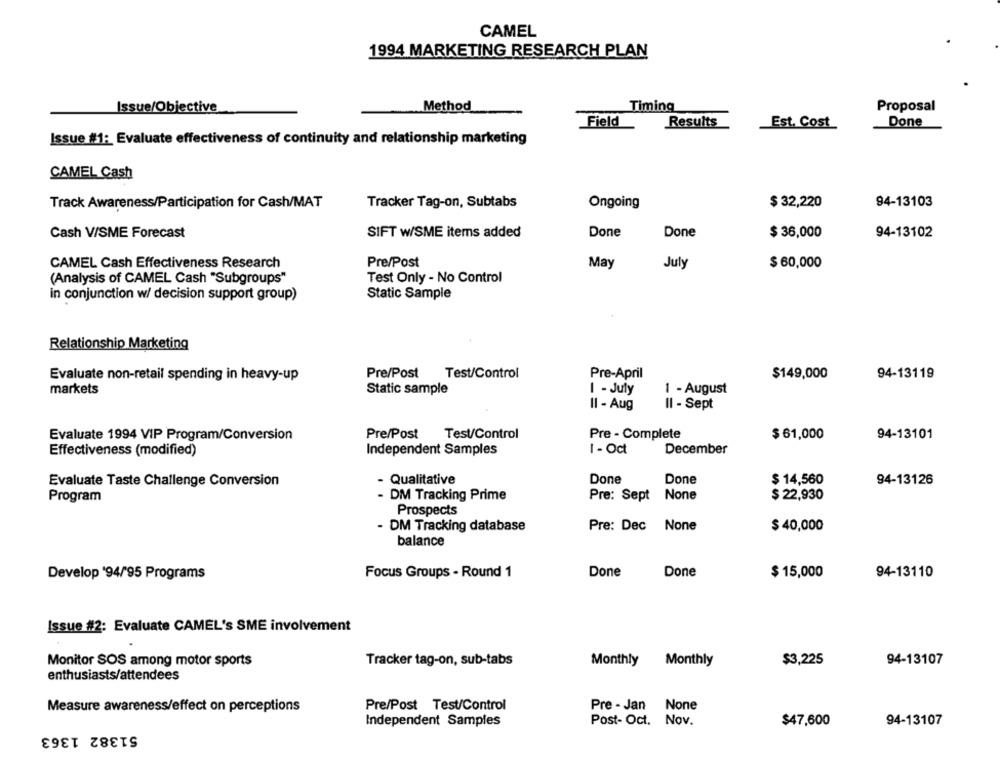
CAMEL
1994 MARKETING RESEARCH PLAN
Method
Issue/Objective
Timing
Proposal
Field
Results
Est. Cost
Done
Issue #1: Evaluate effectiveness of continuity and relationship marketing
CAMEL Cash
Track Awareness/Participation for Cash/MAT
Tracker Tag-on, Subtabs
Ongoing
$ 32,220
94-13103
Cash V/SME Forecast
SIFT w/SME items added
Done
Done
$ 36,000
94-13102
CAMEL Cash Effectiveness Research
Pre/Post
May
July
$ 60,000
(Analysis of CAMEL Cash "Subgroups"
Test Only - No Control
in conjunction w/ decision support group)
Static Sample
Relationship Marketing
Evaluate non-retail spending in heavy-up
Pre/Post Test/Control
Pre-April
$149,000
94-13119
markets
Static sample
I - July
1 - August
II - Aug
Il - Sept
Evaluate 1994 VIP Program/Conversion
Pre/Post Test/Control
Pre - Complete
$ 61,000
94-13101
Effectiveness (modified)
Independent Samples
1 - Oct
December
Evaluate Taste Challenge Conversion
- Qualitative
Done
Done
$ 14,560
94-13126
Program
- DM Tracking Prime
Pre: Sept
$ 22,930
Prospects
- DM Tracking database
Pre: Dec
$ 40,000
balance
Develop '94/95 Programs
Focus Groups - Round 1
Done
Done
$ 15,000
94-13110
Issue #2: Evaluate CAMEL's SME involvement
$3,225
Monitor SOS among motor sports
Tracker tag-on, sub-tabs
Monthly
Monthly
94-13107
enthusiasts/attendees
Pre/Post Test/Control
Measure awareness/effect on perceptions
Pre - Jan None
Post- Oct. Nov.
94-13107
51382 1363
Independent Samples
$47,600